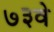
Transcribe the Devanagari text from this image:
७३वे